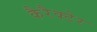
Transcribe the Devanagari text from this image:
कैरैक्टेर